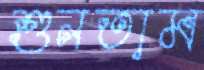
শুনতাম